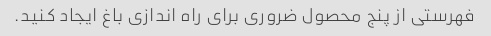
فهرستی از پنج محصول ضروری برای راه اندازی باغ ایجاد کنید.